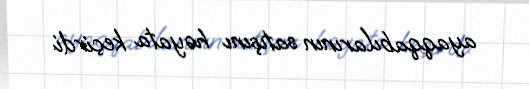
ayaqqabılarının satışını həyata keçirdi.